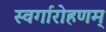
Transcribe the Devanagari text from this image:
स्वर्गारोहणम्